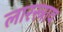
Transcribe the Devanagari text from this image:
लारस्त्राव